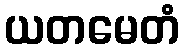
ယတမေတံ